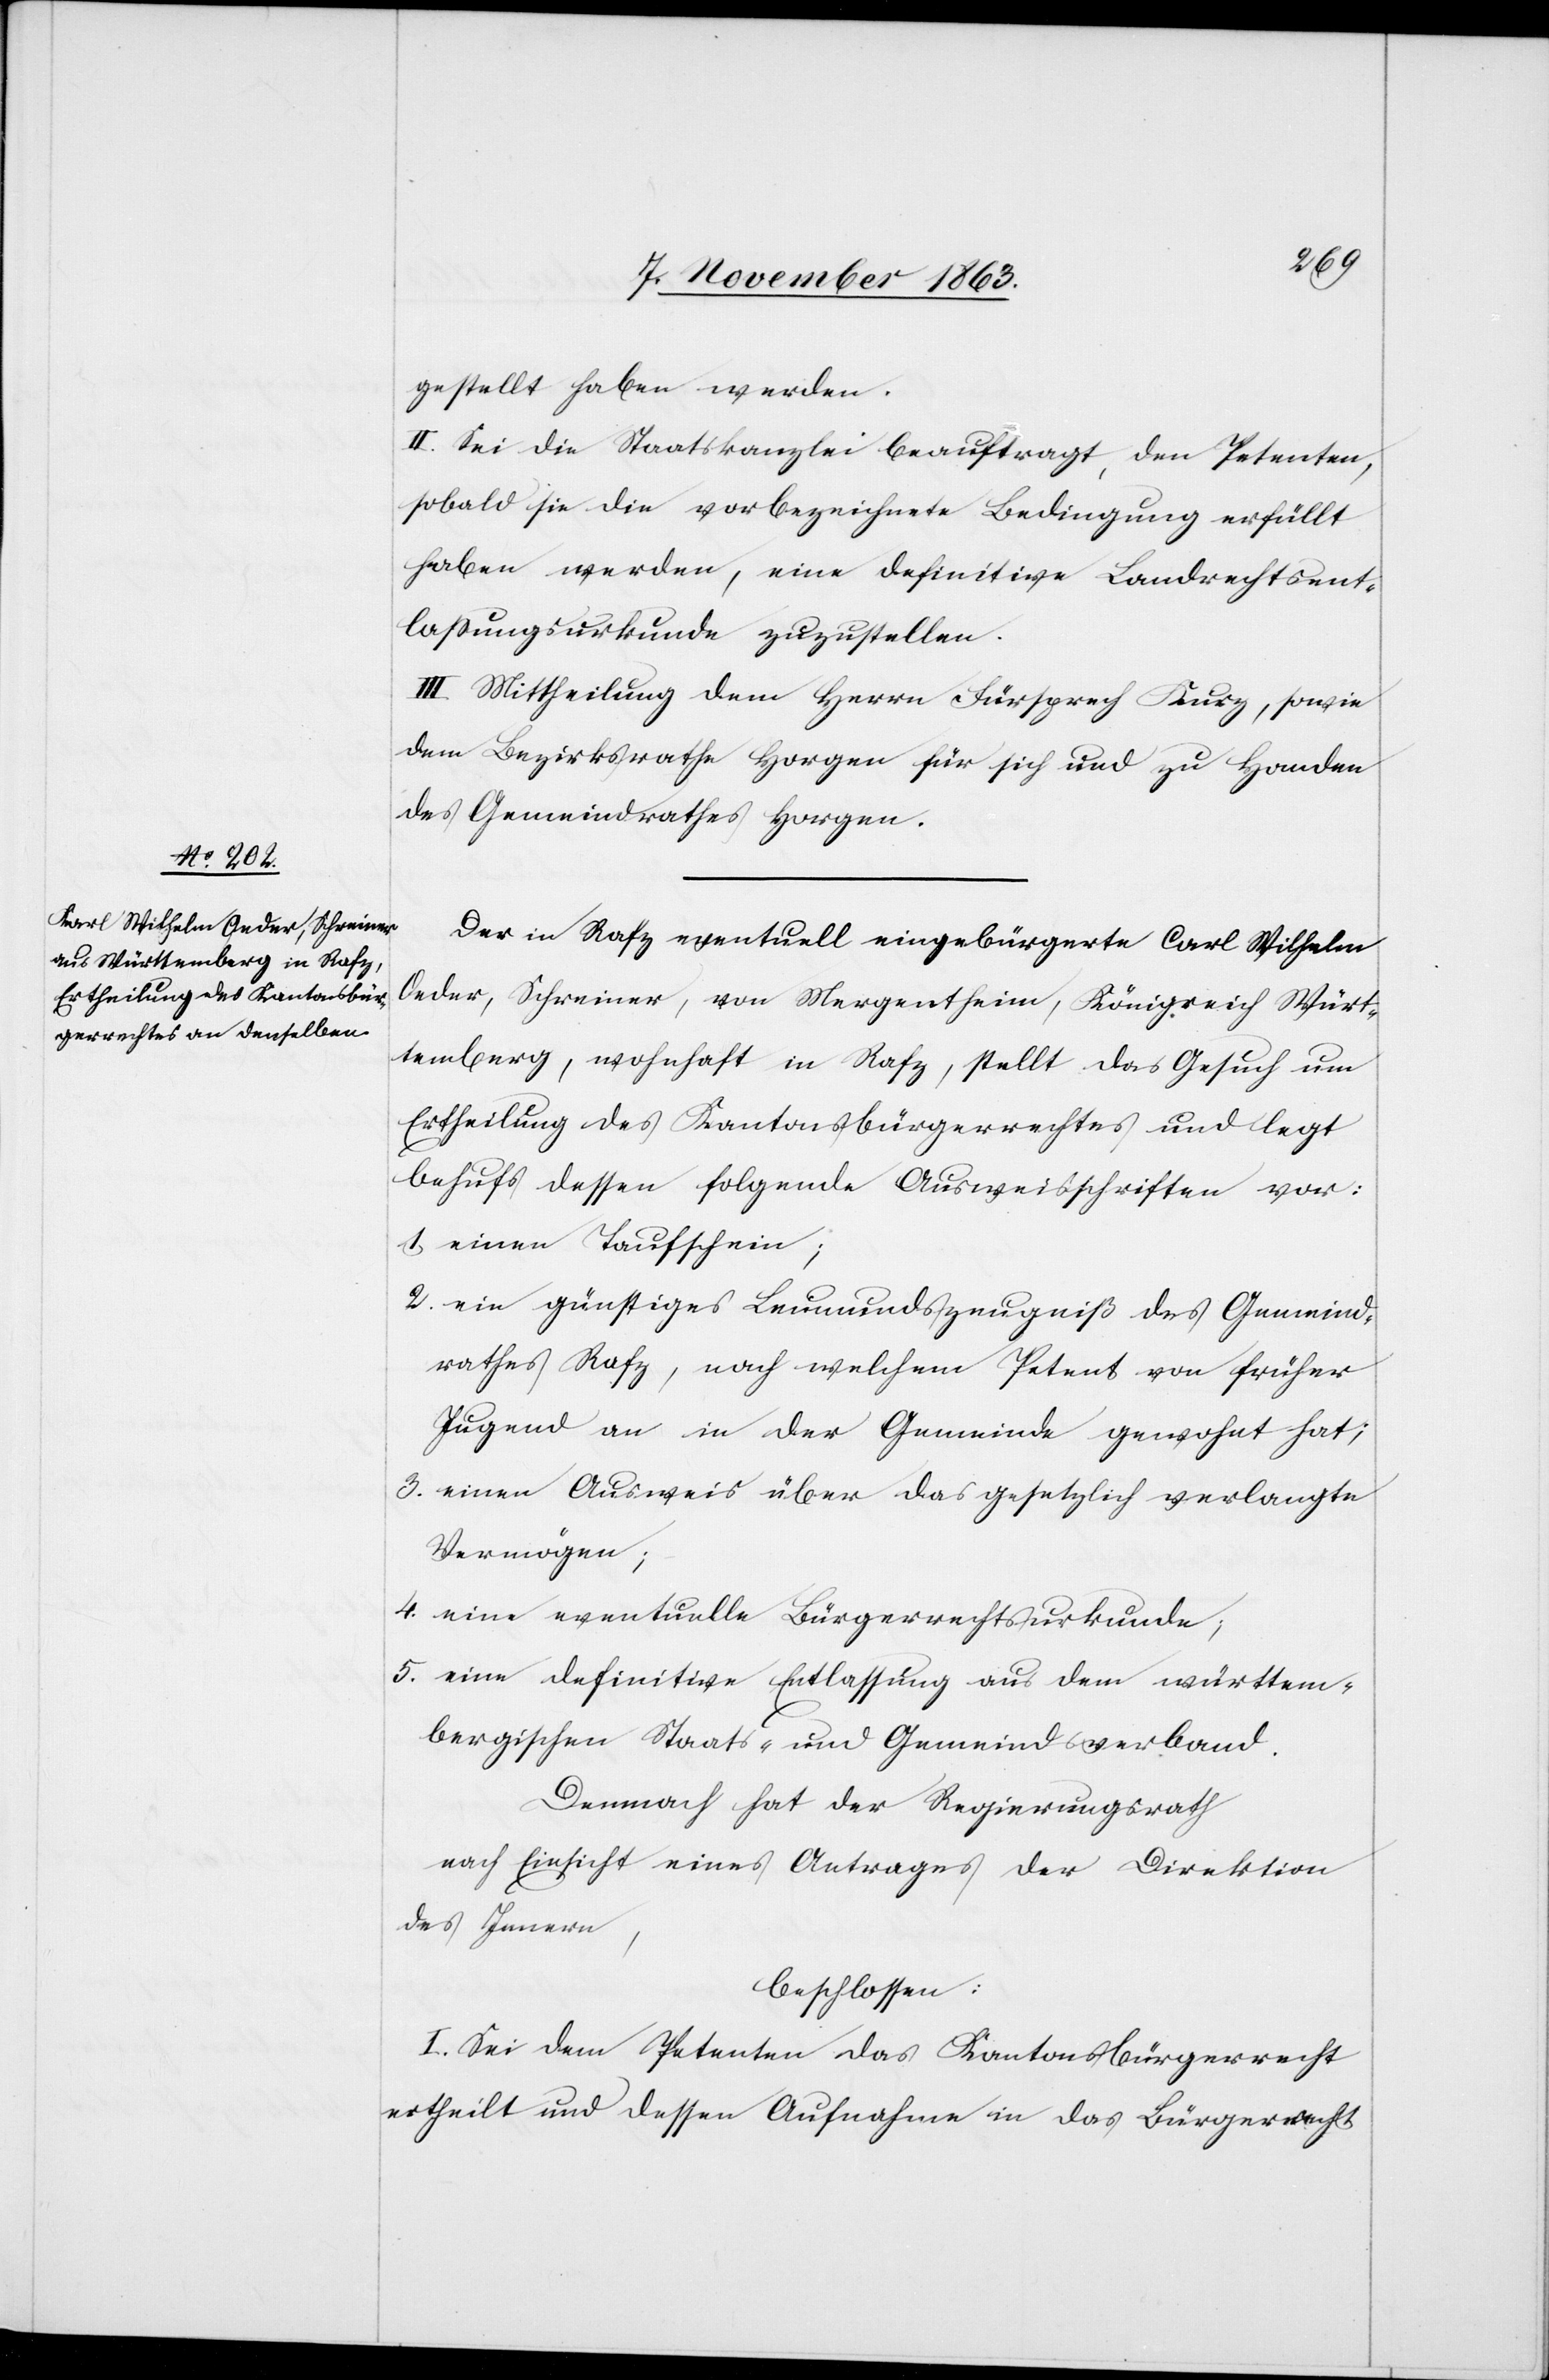
gestellt haben werden.
II. Sei die Staatskanzlei beauftragt, den Petenten,
sobald sie die vorbezeichnete Bedingung erfüllt
haben werden, eine definitive Landrechtsent¬
lassungsurkunde zuzustellen.
III. Mittheilung dem Herrn Fürsprech Kurz, sowie
dem Bezirksrathe Horgen für sich und zu Handen
des Gemeindrathes Horgen.
Der in Rafz eventuell eingebürgerte Carl Wilhelm
Oeder, Schreiner, von Mergentheim, Königreich Würt¬
temberg, wohnhaft in Rafz, stellt das Gesuch um
Ertheilung des Kantonsbürgerrechtes und legt
behufs dessen folgende Ausweisschriften vor:
1. einen Taufschein;
2. ein günstiges Leumundszeugniß des Gemeind¬
rathes Rafz, nach welchem Petent von früher
Jugend an in der Gemeinde gewohnt hat;
3. einen Ausweis über das gesetzlich verlangte
Vermögen;
4. eine eventuelle Bürgerrechtsurkunde;
5. eine definitive Entlassung aus dem württem¬
bergischen Staats- und Gemeindsverband.
Demnach hat der Regierungsrath
nach Einsicht eines Antrages der Direktion
des Innern,
beschlossen:
I. Sei dem Petenten das Kantonsbürgerrecht
ertheilt und dessen Aufnahme in das Bürgerrecht